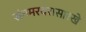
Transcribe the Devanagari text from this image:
संगमरवरासारखे